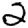
Digit: 5